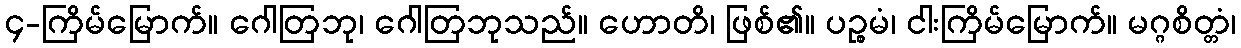
၄-ကြိမ်မြောက်။ ဂေါတြဘု၊ ဂေါတြဘုသည်။ ဟောတိ၊ ဖြစ်၏။ ပဉ္စမံ၊ ငါးကြိမ်မြောက်။ မဂ္ဂစိတ္တံ၊